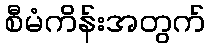
စီမံကိန်းအတွက်